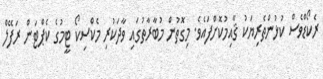
ރެކޯޑްވެސް ކުޅުންތެރިޔަކު ޤާއިމުކޮށްފައެވެ. މިގޮތުން މުބާރާތުގައި ވާދަކުރި މެކްސިކޯ ޓީމުގެ ކެޕްޓަން ރަފޭލް